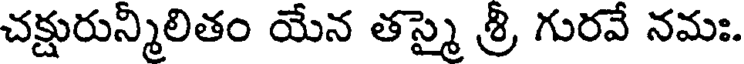
చక్షురున్మిలితం యేన తస్మై శ్రీ గురవే నమః.